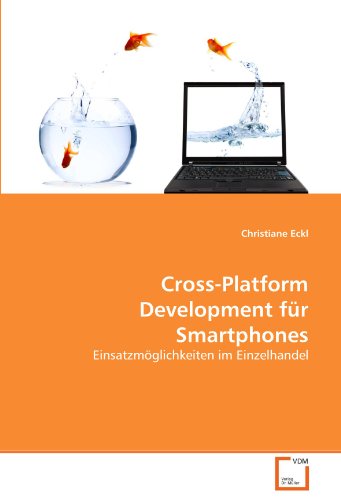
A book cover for Cross-Platform Development fÃ¼r Smartphones: EinsatzmÃ¶glichkeiten im Einzelhandel (German Edition); Christiane Eckl; Computers & Technology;